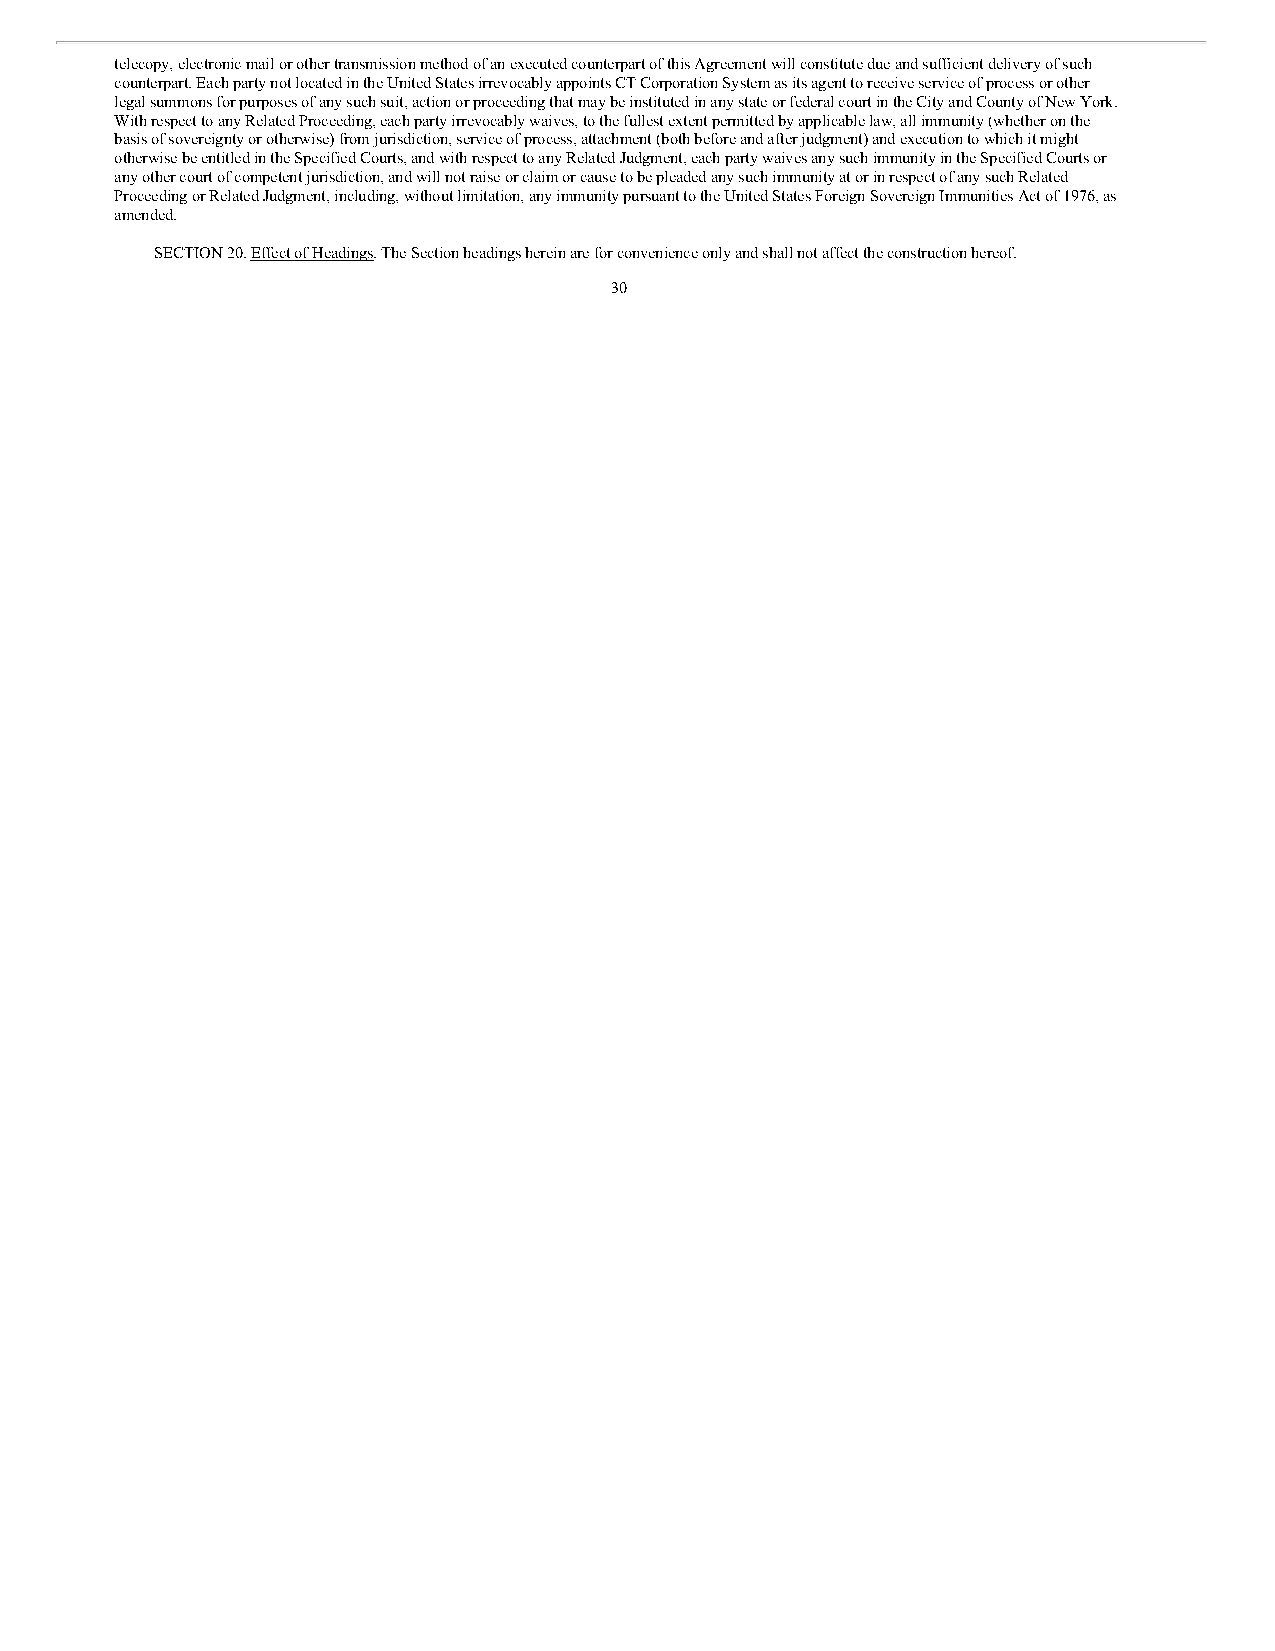
telecopy, electronic mail or other transmission method of an executed counterpart of this Agreement will constitute due and sufficient delivery of such
 counterpart. Each party not located in the United States irrevocably appoints CT Corporation System as its agent to receive service of process or other
 legal summons for purposes of any such suit, action or proceeding that may be instituted in any state or federal court in the City and County of New York.
 With respect to any Related Proceeding, each party irrevocably waives, to the fullest extent permitted by applicable law, all immunity (whether on the
 basis of sovereignty or otherwise) from jurisdiction, service of process, attachment (both before and after judgment) and execution to which it might
 otherwise be entitled in the Specified Courts, and with respect to any Related Judgment, each party waives any such immunity in the Specified Courts or
 any other court of competent jurisdiction, and will not raise or claim or cause to be pleaded any such immunity at or in respect of any such Related
 Proceeding or Related Judgment, including, without limitation, any immunity pursuant to the United States Foreign Sovereign Immunities Act of 1976, as
 amended.
 SECTION 20. Effect of Headings. The Section headings herein are for convenience only and shall not affect the construction hereof.
 30